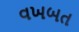
વખબત